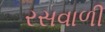
રસવાળી